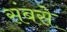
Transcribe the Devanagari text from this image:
संबसे